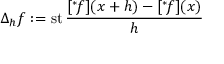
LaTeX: \Delta _ { h } f : = \operatorname { s t } { \frac { [ { } ^ { * } \! f ] ( x + h ) - [ { } ^ { * } \! f ] ( x ) } { h } }